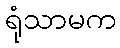
ရုံသာမက